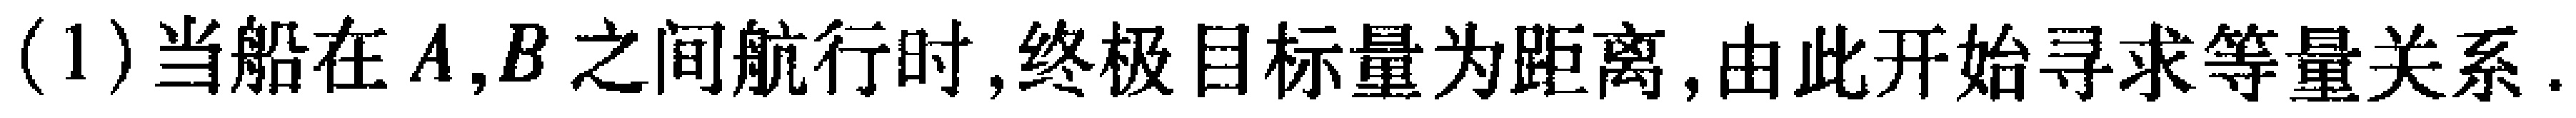
(1)当船在\(A,B\)之间航行时,终极目标量为距离,由此开始寻求等量关系.